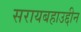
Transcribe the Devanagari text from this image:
सरायबहाउद्दीन